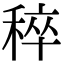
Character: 稡